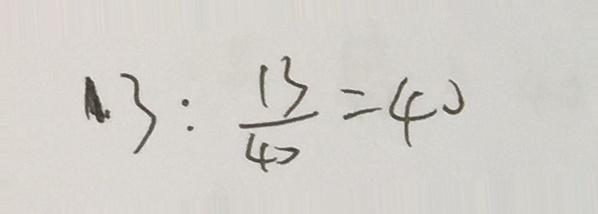
1 3 : \frac { 1 3 } { 4 0 } = 4 0